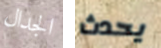
الجدال يحدث